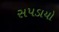
સપડાયો